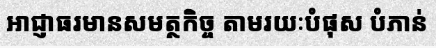
អាជ្ញាធរមានសមត្ថកិច្ច តាមរយៈបំផុស បំភាន់